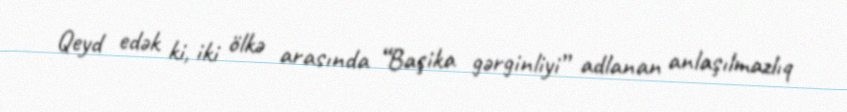
Qeyd edək ki, iki ölkə arasında “Başika gərginliyi” adlanan anlaşılmazlıq